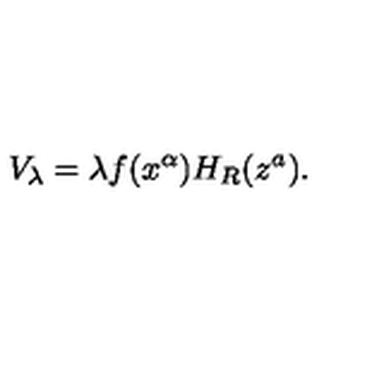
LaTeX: V _ { \lambda } = \lambda f ( x ^ { \alpha } ) H _ { R } ( z ^ { a } ) .